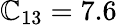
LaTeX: \mathbb{C}_{13}=7.6